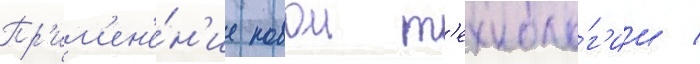
Пр'им'ен'е́н'ие новои т'ехноло́г'ии /